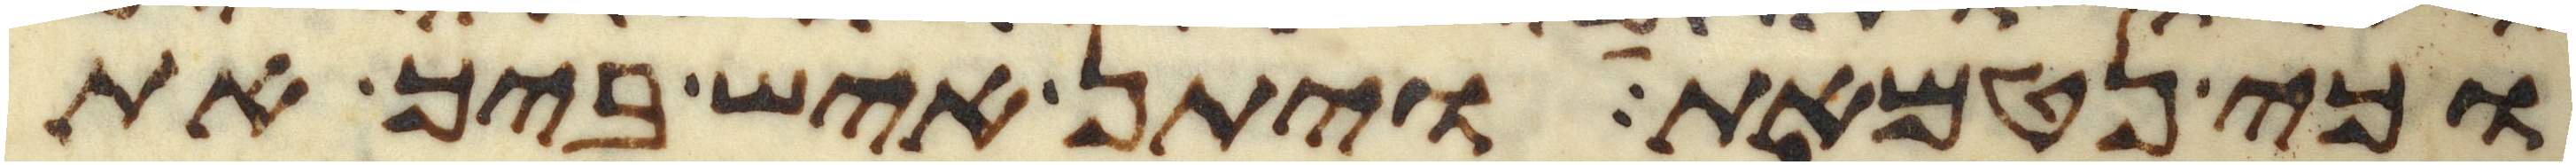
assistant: וכי נטמאת ויתן איש ביך את